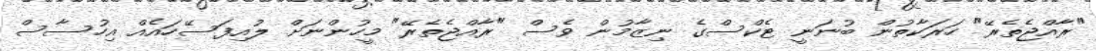
"ރާއްޖެތެރޭ" ހަރަކާތުން ބުނަނީ ޓެކްސްގެ ނިޒާމުން ވެސް "ރާއްޖެތެރޭ" މީހުންނަށް ލުއިފަސޭހައެއް އިހުސާސް